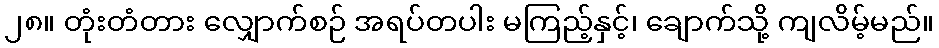
၂၈။ တုံးတံတား လျှောက်စဉ် အရပ်တပါး မကြည့်နှင့်၊ ချောက်သို့ ကျလိမ့်မည်။